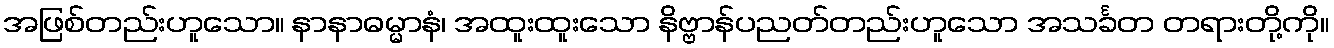
အဖြစ်တည်းဟူသော။ နာနာဓမ္မာနံ၊ အထူးထူးသော နိဗ္ဗာန်ပညတ်တည်းဟူသော အသင်္ခတ တရားတို့ကို။